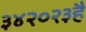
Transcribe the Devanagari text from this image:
३४२०२३है